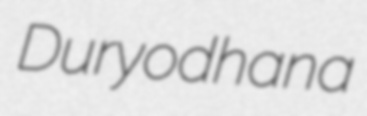
Duryodhana